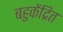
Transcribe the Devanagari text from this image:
बहुकेंद्रित